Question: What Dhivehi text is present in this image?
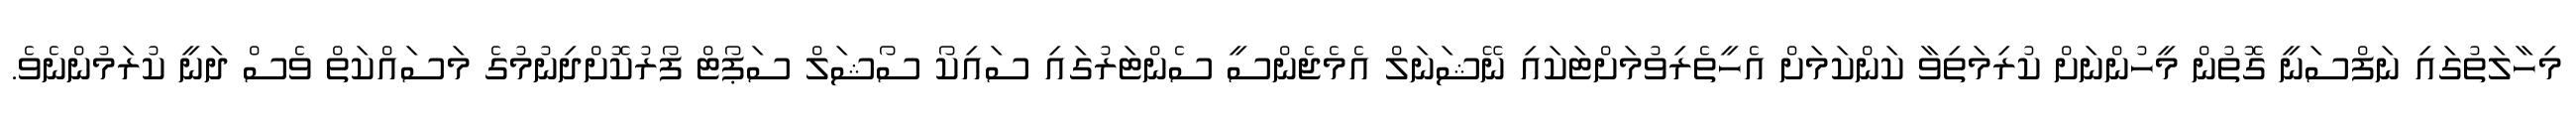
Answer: މިހާލަތުގައި ނަފްސަނީ ގޮތުން މީހުންނަށް ކުރިމަތިވާ ކަންކަމަށް އެހީތެރިވުމަށްޓަކައި ނޭޝަނަލް އެމެޖެންސީ ސެންޓަރުގައި ސައިކޯ ސޯޝަލް ސަޕޯޓް ފޯރުކޮށްދިނުމުގެ މަސައްކަތް ވެސް ދަނީ ކުރަމުންނެވެ.